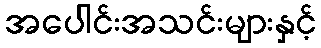
အပေါင်းအသင်းများနှင့်